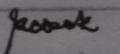
Signature authenticity: genuine